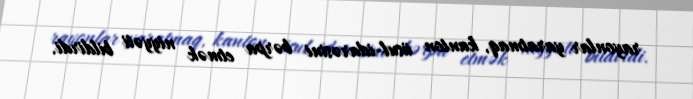
rayonlar yaratmaq, kanton üsul-idarəsini bərpa etmək niyyəti bildirdi.